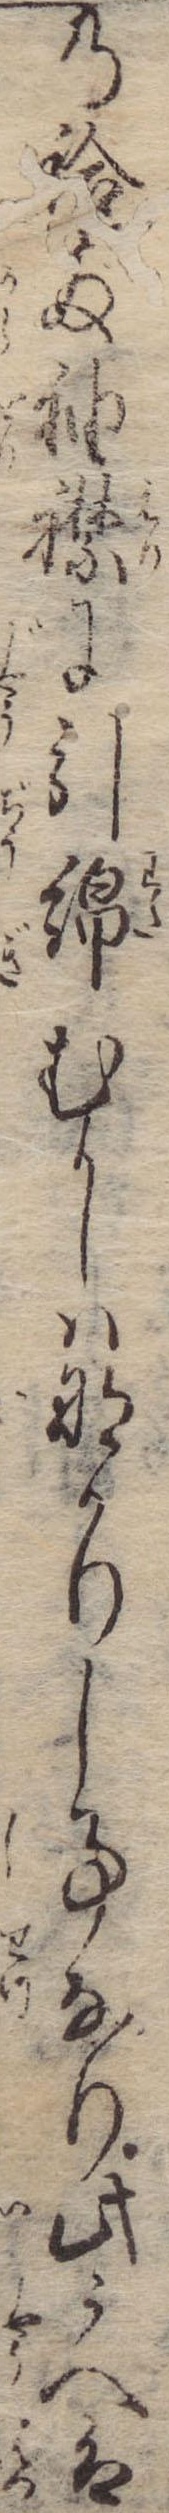
の袷両袖襟に引綿むかしはなかりし事なり此うへは